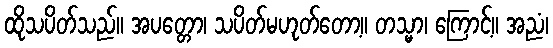
ထိုသပိတ်သည်။ အပတ္တော၊ သပိတ်မဟုတ်တော့။ တသ္မာ၊ ကြောင့်။ အညံ၊